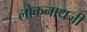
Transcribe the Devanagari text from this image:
लोकनाथजी